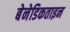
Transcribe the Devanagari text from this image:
बेनेडिकताइन